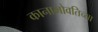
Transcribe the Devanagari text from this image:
कानाभोवतिच्या